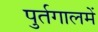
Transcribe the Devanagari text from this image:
पुर्तगालमें